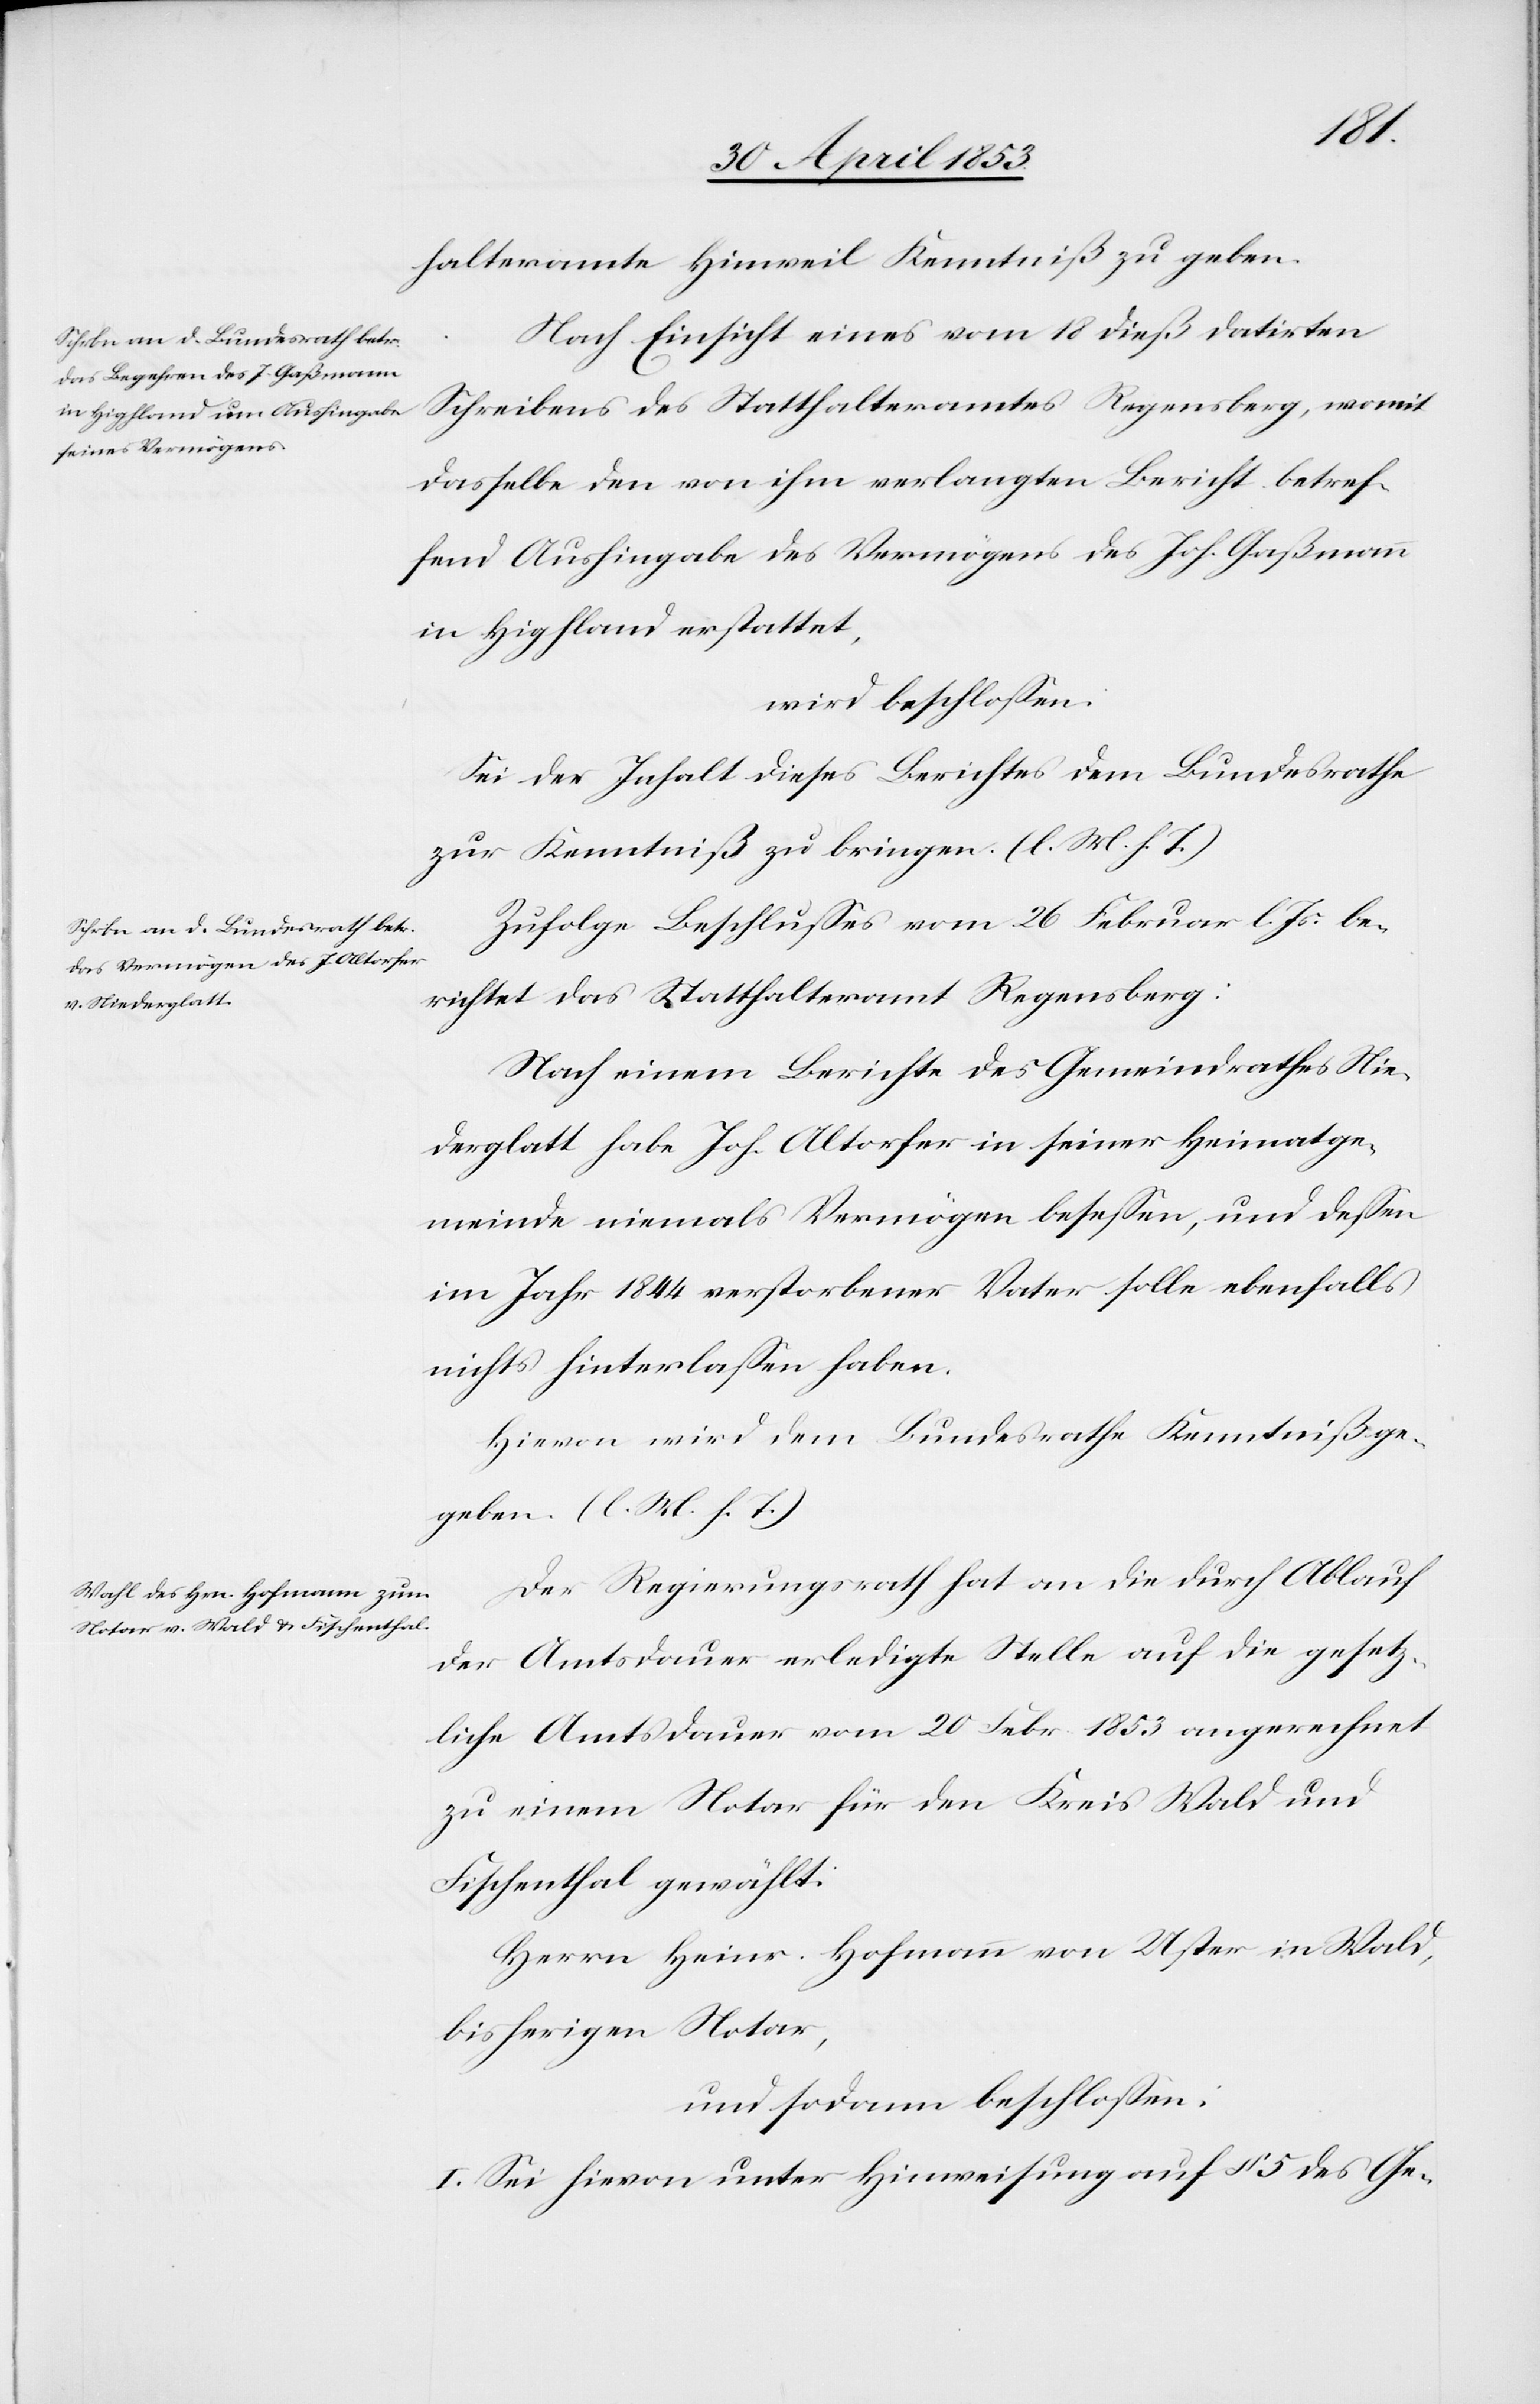
halteramte Hinweil Kenntniß zu geben.
Nach Einsicht eines vom 18 dieß datirten
Schreibens des Statthalteramtes Regensberg, womit
dasselbe den von ihm verlangten Bericht betref¬
fend Aushingabe des Vermögens des Joh. Gaßmann
in Hipfland erstattet,
wird beschloßen:
Sei der Inhalt dieses Berichtes dem Bundesrathe
zur Kenntniß zu bringen. [l. M. h. T]
Zufolge des Beschlußes vom 26 Februar l. Js. be¬
richtet das Statthalteramt Regensberg:
Nach einem Berichte des Gemeindrathes Nie¬
derglatt habe Joh. Altorfer in seiner Heimatge¬
meinde niemals Vermögen beseßen, und deßen
im Jahr 1844 verstorbener Vater solle ebenfalls
nichts hinterlaßen haben.
Hievon wird dem Bundesrathe Kenntniß ge¬
geben. [l. M. h. T]
Der Regierungsrath hat an die durch Ablauf
der Amtsdauer erledigte Stelle auf die gesetz¬
liche Amtsdauer vom 20 Febr. 1853 angerechnet
zu einem Notar für den Kreis Wald und
Fischenthal gewählt:
Herrn Heinr. Hofmann von Uster in Wald,
bisherigen Notar,
und sodann beschloßen:
I. Sei hievon unter Hinweisung auf § 5 des Ge-